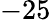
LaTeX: -25